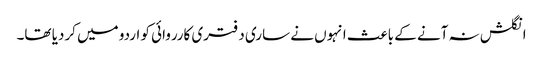
انگلش نہ آنے کے باعث انہوں نے ساری دفتری کارروائی کو اردو میں کردیا تھا۔